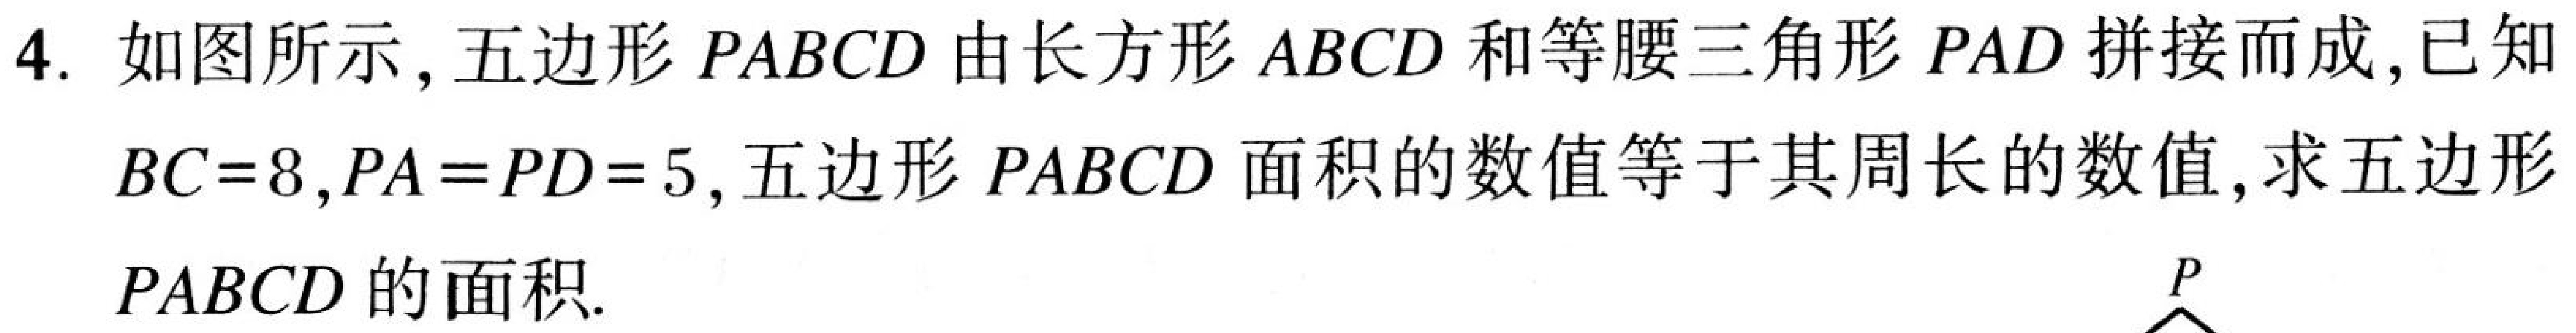
4. 如图所示，五边形\(PABCD\)由长方形\(ABCD\)和等腰三角形\(PAD\)拼接而成,已知
\(BC = 8,PA = PD = 5\), 五边形\(PABCD\)面积的数值等于其周长的数值, 求五边形
\(PABCD\)的面积.